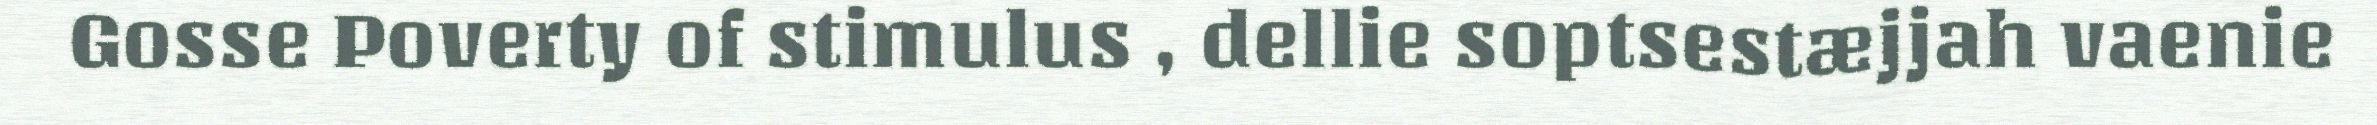
Gosse Poverty of stimulus , dellie soptsestæjjah vaenie